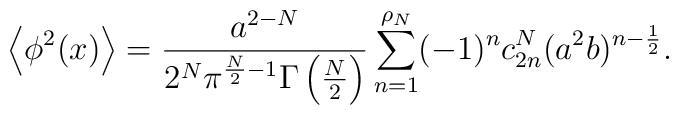
\left<\phi^2(x)\right> = {a^{2-N}\over{2^N\pi^{\frac N2-1}\Gamma\left(\frac N2\right)}}\sum_{n=1}^{\rho_N}(-1)^nc^N_{2n}(a^2b)^{n-\frac12}.